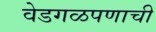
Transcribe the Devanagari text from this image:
वेडगळपणाची